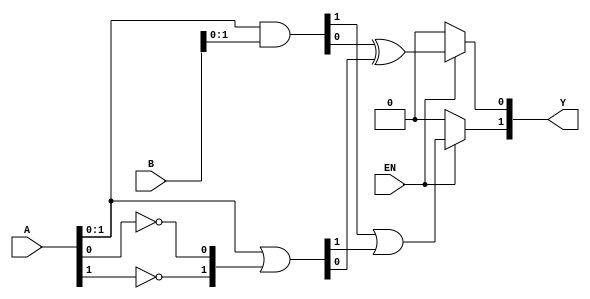
module combinational_logic_block #(
    parameter INPUT_WIDTH = 4,  // Parameter for input width
    parameter OUTPUT_WIDTH = 2   // Parameter for output width
)(
    input  wire [INPUT_WIDTH-1:0]  A,  // Input vector A
    input  wire [INPUT_WIDTH-1:0]  B,  // Input vector B
    input  wire                    EN,   // Enable signal
    output wire [OUTPUT_WIDTH-1:0] Y    // Output vector Y
);

// Internal signals for intermediate logic
wire [INPUT_WIDTH-1:0] A_not;
wire [INPUT_WIDTH-1:0] B_and;
wire [INPUT_WIDTH-1:0] A_or;
wire [INPUT_WIDTH-1:0] Y_temp;

// NOT operation on A
genvar i;
generate
    for (i = 0; i < INPUT_WIDTH; i = i + 1) begin : not_logic
        assign A_not[i] = ~A[i];
    end
endgenerate

// AND operation between A and B
assign B_and = A & B;

// OR operation between A and the NOT of B
assign A_or = A | A_not;

// Combine the results to produce outputs
assign Y_temp[0] = EN ? (B_and[0] ^ A_or[0]) : 1'b0; // Example logic for output 0
assign Y_temp[1] = EN ? (B_and[1] | A_or[1]) : 1'b0; // Example logic for output 1

// Final output assignment
assign Y = Y_temp;

endmodule